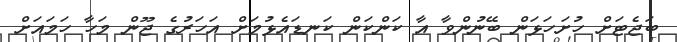
ބަޖެޓަށް ހުށަހަޅަން ބޭނުންވާ އާ ކަންކަން ކަނޑައެޅުމަށް އަހަރުގެ ޖޫން މަހާ ހަމައަށް